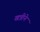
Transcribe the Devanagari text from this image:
खत्रीने